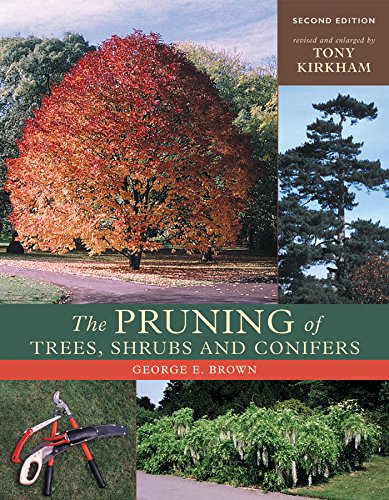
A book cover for The Pruning of Trees, Shrubs, and Conifers; George Ernest Brown; Crafts, Hobbies & Home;